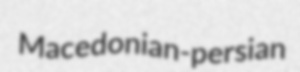
Macedonian-persian